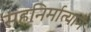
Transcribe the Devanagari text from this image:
सहनिर्मात्याने